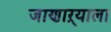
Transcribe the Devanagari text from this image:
जाणाऱ्याला